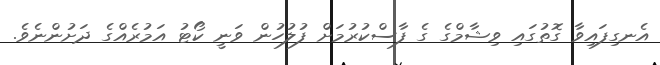
އެނގިފައިވާ ގޮތުގައި ވިޝާމްގެ ގެ ފާސްކުރުމަށް ފުލުހުން ވަނީ ކޯޓު އަމުރެއްގެ ދަށުންނެވެ.